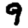
Digit: 9